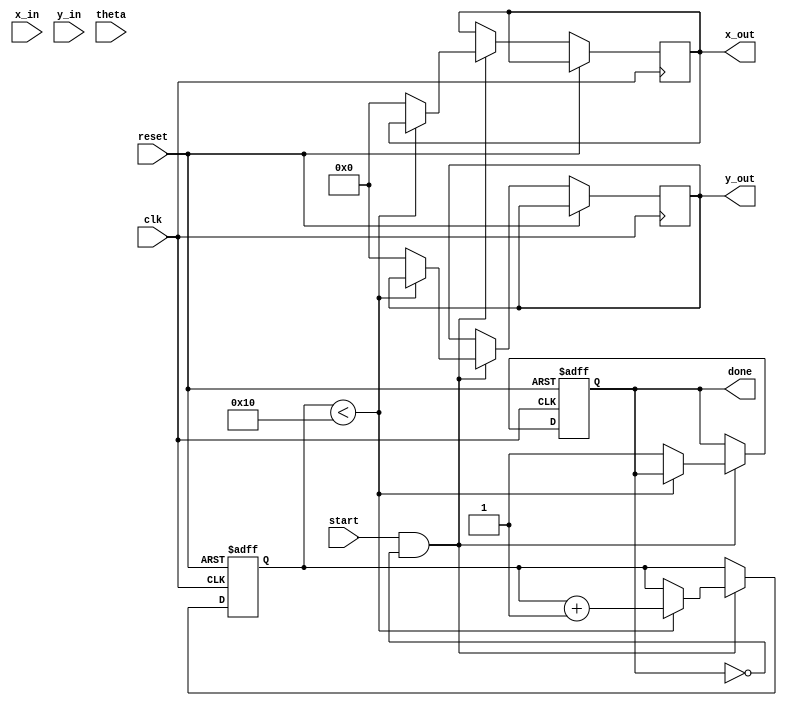
module cordic_rotational(
    input wire clk,
    input wire reset,
    input wire start,
    input wire signed [15:0] x_in,  // Input X coordinate
    input wire signed [15:0] y_in,  // Input Y coordinate
    input wire signed [15:0] theta,  // Input angle in radians
    output reg signed [15:0] x_out,  // Output X coordinate
    output reg signed [15:0] y_out,  // Output Y coordinate
    output reg done               // Indicates completion
);

    // Parameters
    parameter NUM_ITERATIONS = 16; // Number of iterations
    parameter FIXED_POINT_SCALE = 16'h1C8; // Scaling factor for CORDIC

    // CORDIC angle lookup table - arctan(2^-i)
    reg signed [15:0] angle_table [0:NUM_ITERATIONS-1];
    initial begin
        angle_table[0] = 16'h1C8;  // atan(1) in fixed point
        angle_table[1] = 16'h0D9;  // atan(1/2) in fixed point
        angle_table[2] = 16'h05A;  // atan(1/4) in fixed point
        angle_table[3] = 16'h02D;  // atan(1/8) in fixed point
        angle_table[4] = 16'h016;  // atan(1/16) in fixed point
        // ... (fill in other angles as needed)
    end

    // Internal registers
    reg signed [15:0] x_reg;
    reg signed [15:0] y_reg;
    reg signed [15:0] z_reg;
    reg [3:0] iter; // Iteration counter

    // State machine for CORDIC operation
    always @(posedge clk or posedge reset) begin
        if (reset) begin
            x_reg <= x_in;
            y_reg <= y_in;
            z_reg <= theta;
            iter <= 0;
            done <= 0;
        end else if (start && !done) begin
            if (iter < NUM_ITERATIONS) begin
                // CORDIC rotation logic
                if (z_reg < 0) begin
                    // Rotate counter-clockwise
                    x_reg <= x_reg + (y_reg >>> iter);
                    y_reg <= y_reg - (x_reg >>> iter);
                    z_reg <= z_reg + angle_table[iter];
                end else begin
                    // Rotate clockwise
                    x_reg <= x_reg - (y_reg >>> iter);
                    y_reg <= y_reg + (x_reg >>> iter);
                    z_reg <= z_reg - angle_table[iter];
                end
                iter <= iter + 1;
            end else begin
                // Apply scaling factor
                x_out <= x_reg * FIXED_POINT_SCALE >>> 16; // Scaling applied
                y_out <= y_reg * FIXED_POINT_SCALE >>> 16; // Scaling applied
                done <= 1; // Indicate completion
            end
        end
    end

endmodule